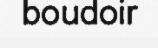
boudoir